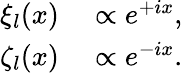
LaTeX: \begin{array}{rl}{\xi_{l}(x)}&{{}\propto e^{+ix},}\\ {\zeta_{l}(x)}&{{}\propto e^{-ix}.}\end{array}